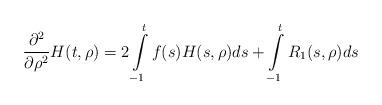
LaTeX: \begin{align*}\frac{\partial^2}{\partial \rho^2}H(t,\rho)=2\int\limits_{-1}^tf(s)H(s,\rho)ds +\int\limits_{-1}^tR_1(s,\rho)ds \end{align*}